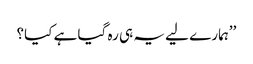
’’ہمارے لیے یہ ہی رہ گیا ہے کیا؟